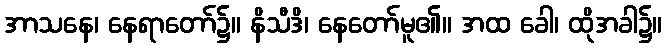
အာသနေ၊ နေရာတော်၌။ နိသီဒိ၊ နေတော်မူ၏။ အထ ခေါ၊ ထိုအခါ၌။